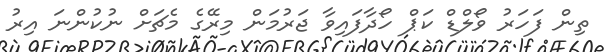
ތިން ފަހަރު ވޯލްޑް ކަޕް ހޯދާފައިވާ ޖަރުމަން މިރޭގެ މެޗަށް ނުކުންނަ އިރު